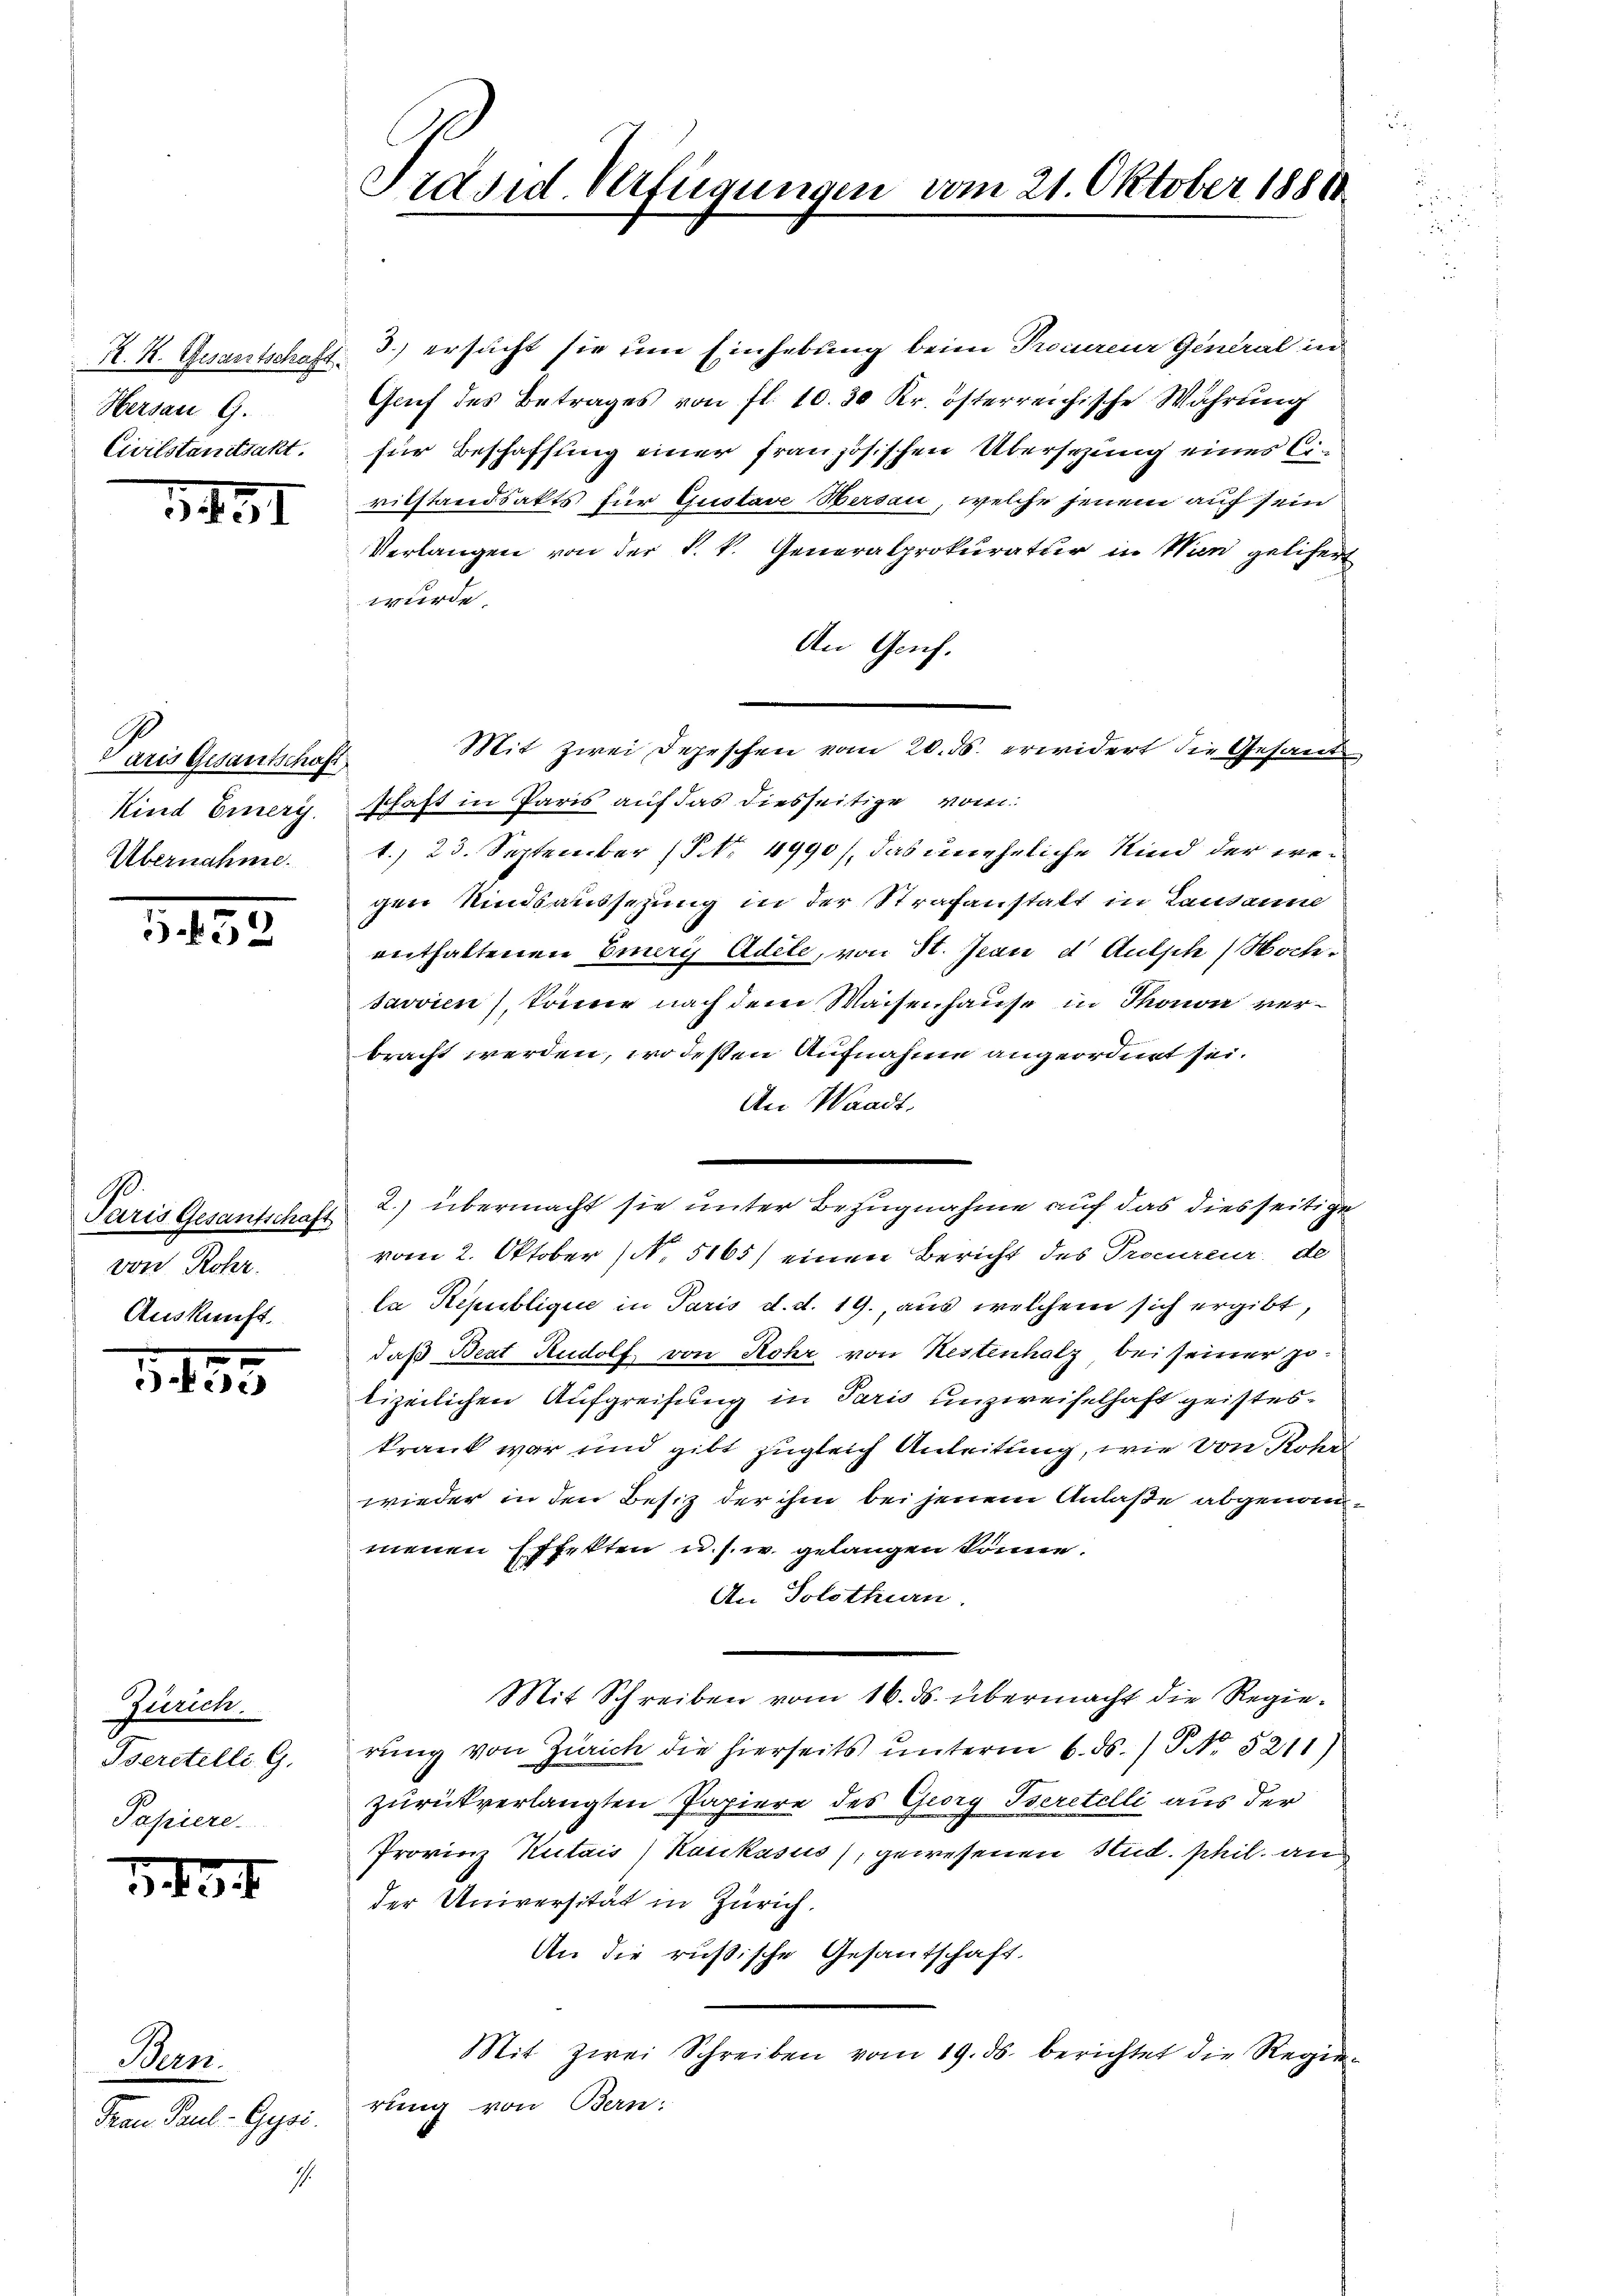
K. K. Gesantschaft.
Hersau 9.
Civilstanitsakt.

1451

Paris Gesantschaft
Kind Ernery.
Übernahme.

5.452

.
Paris Gesantschaft
von Rohr.
Auskunft.

1489

Zürich.
Pserstelli G.
Papiere.

1. f. 37.

Scen

u. Paul -Gysi.

1.

Präsid. Verfügungen

vom 21. Oktober 18800

3.) ersucht sie um Einhebung beim Preisereur General in
Gruf des Betrages von fl. 10. 30 Kr. österreichische Wahrung
für Beschaffung einer französischen Übersezung eines Civilstandsakts für Gustave Versau, welche jenem auf sein
Verlangen von der k. k. Generalprokuratur in Wien gelifert
wurde
An Genf.
Mit zwei Depeschen vom 20. ds. erwidert die Gesand
schaft in Paris auf das diesseitige vom
1., 23. September (S. 4990), das uneheliche Kind der wegen Rindsaussetzung in der Strafanstalt in Lausanne
enthaltenen Burg Adele, von St. Jean d Aufsch) Woche¬
Javvien), könne nach dem Waisenhause in Thonon verbracht werden, wo deßen Aufnahme angeordnet sei.
An Waadt.
2.) übermacht sie unter Bezugnahme auf das diesseitige
vom 2. Oktober (N. 5165) einen Bericht des Procureur, de
la Republique in Paris d. d. 19., aus welchem sich ergibt,
daß Beat Rudolf von Rohr von Nestenholz bei seiner Jolizeilichen Aufgreifung in Paris unzweifelhaft geisteskrank war und gibt zugleich Anleitung, wie von Rohr
wieder in den Besiz der ihm bei jenem Anlaße abgenommenen Effekten u. s. w. gelangen könne.
An Solothurn.
Mit Schreiben vom 16. ds. übermacht die Regierung von Zürich die hierseits unterm 6. ds. / P NNo. 3211)
zurückverlangten Papiere des Georg Beratelli aus der
Provinz Kutais) Kaukasus), gewesenen Stud. phil. an
der Universität in Zürich.
An die russische Gesantschaft.
Mit zwei Schreiben vom 19. ds. berichtet die Regie-
rung von Bern.